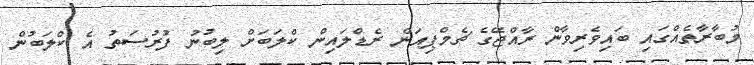
މުބާރާތެއްގައި ބައިވެރިވާން ރާއްޖޭގެ ޗެމްޕިއަން ރެޑްލައިން ކްލަބަށް ލިބުނު ފުރުސަތު އެ ކްލަބުން